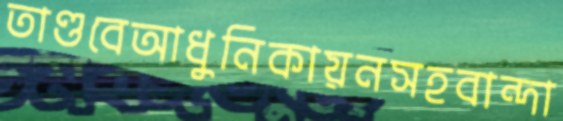
তাণ্ডবেআধুনিকায়নসহবান্দা